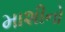
માશીનો